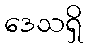
ဒေသရှိ